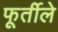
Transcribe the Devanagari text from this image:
फूर्तीले